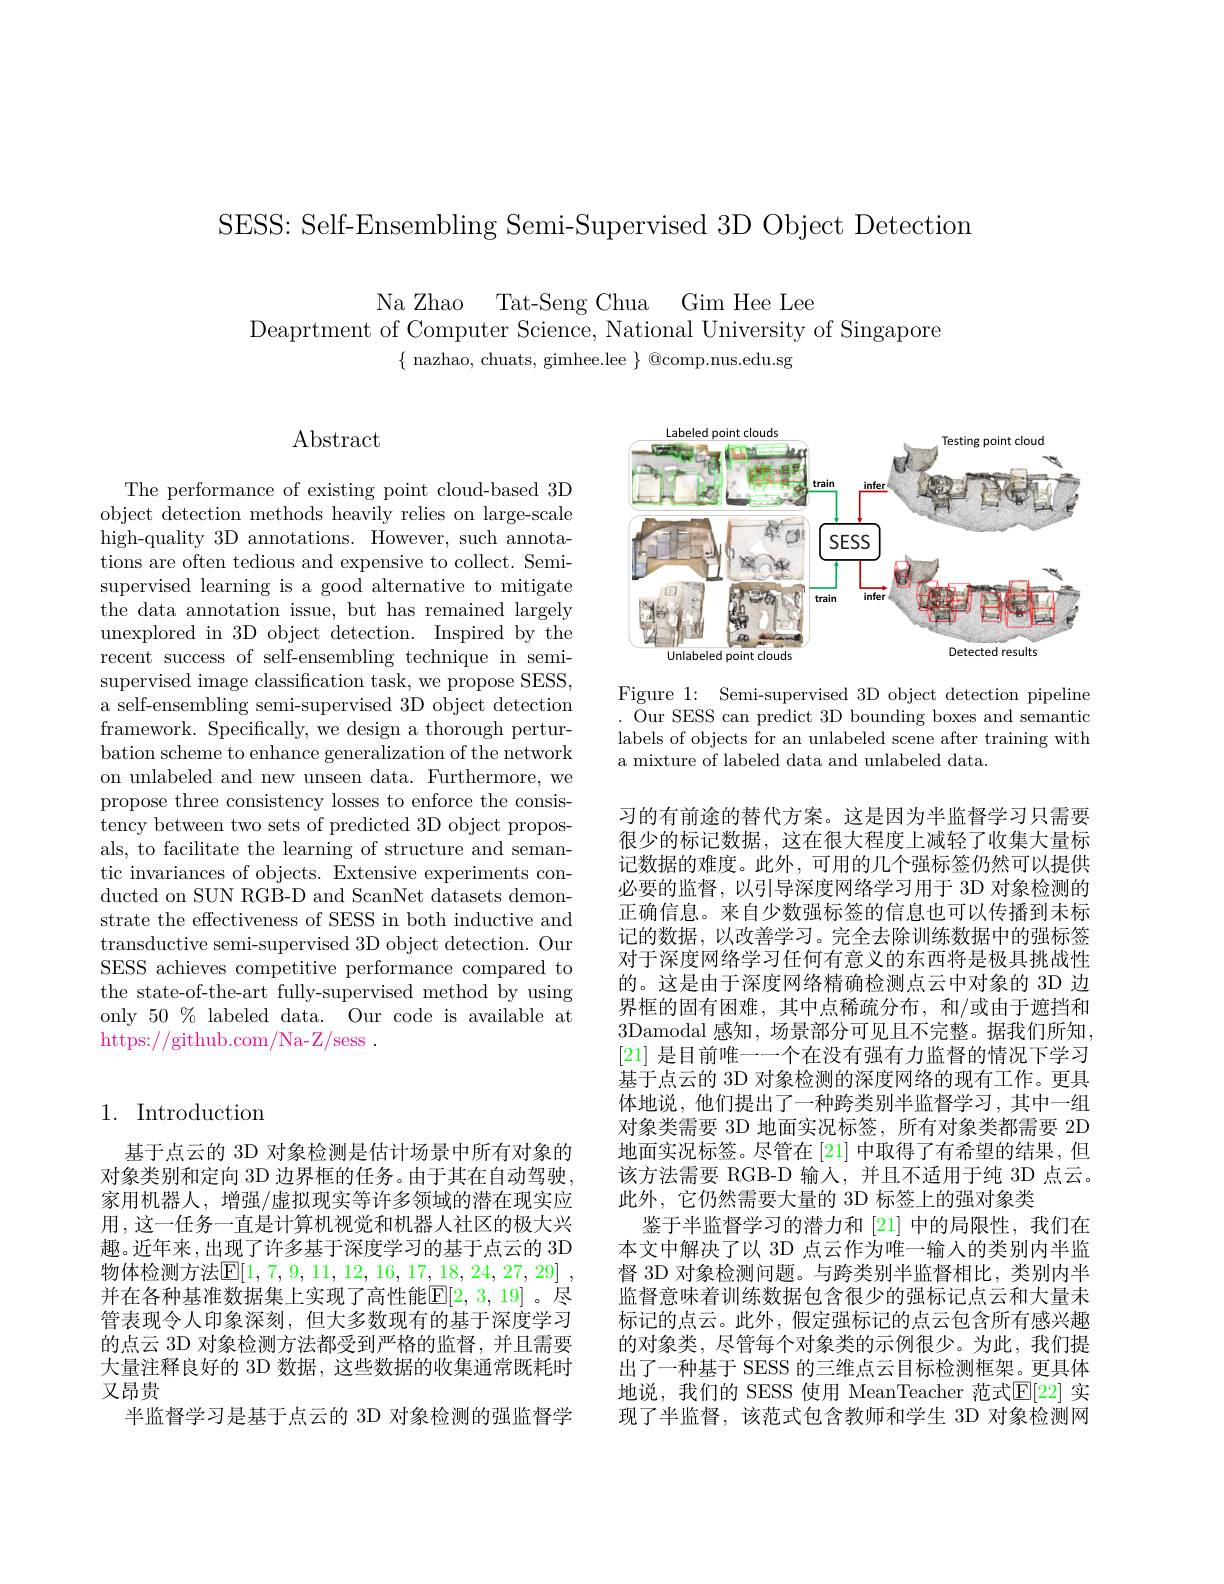
SESS: Self-Ensembling Semi-Supervised 3D Object Detection

Na Zhao Tat-Seng Chua Gim Hee Lee

Deaprtment of Computer Science, National University of Singapore
$\{\begin{array}{c}\text{nazhao, chuats, gimhee.lee}\end{array}\}\textcircled {Q}$comp.nus.edu.sg

Abstract

The performance of existing point cloud-based 3D object detection methods heavily relies on large-scale high-quality 3D annotations. However, such annotations are often tedious and expensive to collect. Semisupervised learning is a good alternative to mitigate the data annotation issue, but has remained largely unexplored in 3D object detection. Inspired by the recent success of self-ensembling technique in semisupervised image classification task, we propose SESS, a self-ensembling semi-supervised 3D object detection framework. Specifically, we design a thorough perturbation scheme to enhance generalization of the network on unlabeled and new unseen data. Furthermore, we propose three consistency losses to enforce the consistency between two sets of predicted 3D object proposals, to facilitate the learning of structure and semantic invariances of objects. Extensive experiments conducted on SUN RGB-D and ScanNet datasets demonstrate the effectiveness of SESS in both inductive and transductive semi-supervised 3D object detection. Our SESS achieves competitive performance compared to the state-of-the-art fully-supervised method by using only $50\%$ labeled data. Our code is available at $\bar{\text{https:}//\text{github.com/Na-Z/sess }}.$

## 1. Introduction

基于点云的 3D 对象检测是估计场景中所有对象的对象类别和定向 3D 边界框的任务。由于其在自动驾驶， 家用机器人，增强/虚拟现实等许多领域的潜在现实应用，这一任务一直是计算机视觉和机器人社区的极大兴趣。近年来，出现了许多基于深度学习的基于点云的 3D 物体检测方法[1,7,9,11,12,16,17,18,24,27,29] , 并在各种基准数据集上实现了高性能$\mathbb{E}[2,3,19]$。尽管表现令人印象深刻，但大多数现有的基于深度学习的点云 3D 对象检测方法都受到严格的监督，并且需要大量注释良好的 3D 数据，这些数据的收集通常既耗时又昂贵
半监督学习是基于点云的 3D 对象检测的强监督学

<FigureHere>

Figure 1: Semi-supervised 3D object detection pipeline . Our SESS can predict 3D bounding boxes and semantic labels of objects for an unlabeled scene after training with a mixture of labeled data and unlabeled data.

习的有前途的替代方案。这是因为半监督学习只需要很少的标记数据，这在很大程度上减轻了收集大量标记数据的难度。此外，可用的几个强标签仍然可以提供必要的监督，以引导深度网络学习用于 3D 对象检测的正确信息。来自少数强标签的信息也可以传播到未标记的数据，以改善学习。完全去除训练数据中的强标签对于深度网络学习任何有意义的东西将是极具挑战性的。这是由于深度网络精确检测点云中对象的 3D 边界框的固有困难，其中点稀疏分布，和/或由于遮挡和3Damodal 感知，场景部分可见且不完整。据我们所知， [21] 是目前唯一一个在没有强有力监督的情况下学习基于点云的 3D 对象检测的深度网络的现有工作。更具体地说，他们提出了一种跨类别半监督学习，其中一组对象类需要 3D 地面实况标签，所有对象类都需要 2D 地面实况标签。尽管在[21]中取得了有希望的结果，但该方法需要 RGB-D 输入，并且不适用于纯 3D 点云。此外，它仍然需要大量的 3D 标签上的强对象类
鉴于半监督学习的潜力和 [21] 中的局限性，我们在本文中解决了以 3D 点云作为唯一输入的类别内半监督 3D 对象检测问题。与跨类别半监督相比，类别内半监督意味着训练数据包含很少的强标记点云和大量未标记的点云。此外，假定强标记的点云包含所有感兴趣的对象类，尽管每个对象类的示例很少。为此，我们提出了一种基于 SESS 的三维点云目标检测框架。更具体地说，我们的 SESS 使用 MeanTeacher 范式$\mathbb{E}[22]$ 实现了半监督，该范式包含教师和学生 3D 对象检测网